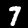
Label: 7